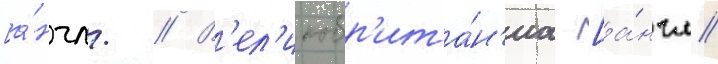
[а́нгл. // В'ел'икобр'ита́н'иа [а́нгл.